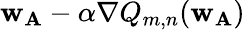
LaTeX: \mathbf{w}_{\textbf{A}}-\alpha\nabla Q_{m,n}(\mathbf{w}_{\textbf{A}})